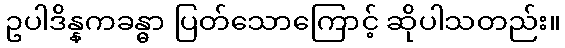
ဥပါဒိန္နကခန္ဓာ ပြတ်သောကြောင့် ဆိုပါသတည်း။